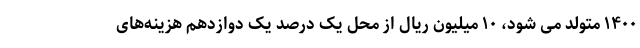
۱۴۰۰ متولد می شود، ۱۰ میلیون ریال از محل یک درصد یک دوازدهم هزینه‌های